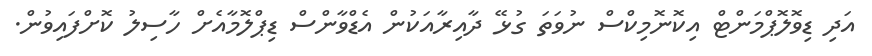
އަދި ޑިވޮލޮޕްމަންޓް އިކޮނޮމިކްސް ނުވަތަ ގުޅޭ ދާއިރާއަކުން އެޑްވާންސް ޑިޕްލޮމާއެށް ހާސިލު ކޮށްފައިވުން.